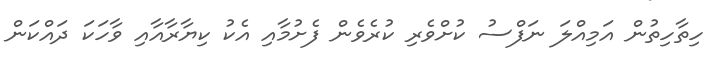
ހިތާހިތުން އަމިއްލަ ނަފްސު ކުށްވެރި ކުރެވެން ފެށުމާއި އެކު ކިޔާރާއާއި ވާހަކަ ދައްކަން